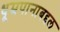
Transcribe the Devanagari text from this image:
धूम्रपानाबद्दल